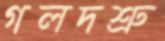
গলদশ্রু